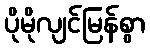
ပိုမိုလျင်မြန်စွာ